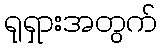
ရုရှားအတွက်